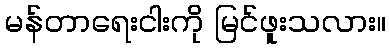
မန်တာရေးငါးကို မြင်ဖူးသလား။